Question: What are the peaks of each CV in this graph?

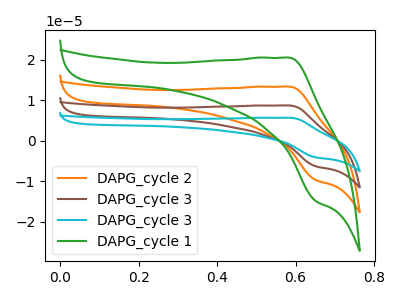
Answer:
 <answer>The orange curve "DAPG_cycle 2" has an anodic peak at (0.60V, 13.40uA) and a cathodic peak at (0.65V, -9.70uA). The brown curve "DAPG_cycle 3" has an anodic peak at (0.60V, 26.75uA) and a cathodic peak at (0.65V, -19.45uA). The cyan curve "DAPG_cycle 3" has an anodic peak at (0.60V, 40.15uA) and a cathodic peak at (0.65V, -29.15uA). The green curve "DAPG_cycle 1" has an anodic peak at (0.60V, 20.55uA) and a cathodic peak at (0.65V, -14.90uA).</answer>
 <eval></eval>